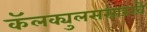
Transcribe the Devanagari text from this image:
कॅलक्युलससारखे